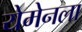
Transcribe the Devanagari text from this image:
येमेनला